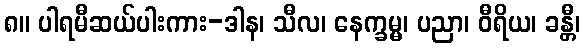
၈။ ပါရမီဆယ်ပါးကား-ဒါန၊ သီလ၊ နေက္ခမ္မ၊ ပညာ၊ ဝီရိယ၊ ခန္တီ၊